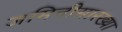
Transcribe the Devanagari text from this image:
जमिनीसारख्या